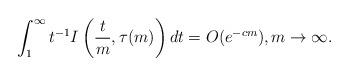
LaTeX: \begin{align*} \int_1^\infty t^{-1} I\left(\frac{t}{m}, \tau(m)\right) dt = O(e^{-cm}), m \to \infty.\end{align*}